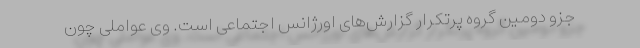
جزو دومین گروه پرتکرار گزارش‌های اورژانس اجتماعی است. وی عواملی چون